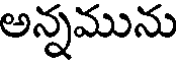
అన్నమును